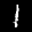
Label: 1